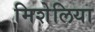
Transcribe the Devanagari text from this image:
मिशेलिया